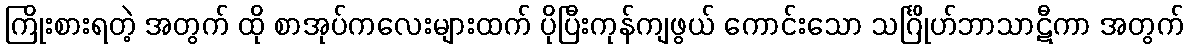
ကြိုးစားရတဲ့ အတွက် ထို စာအုပ်ကလေးများထက် ပိုပြီးကုန်ကျဖွယ် ကောင်းသော သင်္ဂြိုဟ်ဘာသာဋီကာ အတွက်